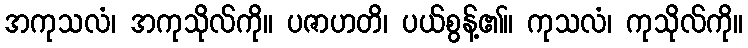
အကုသလံ၊ အကုသိုလ်ကို။ ပဇာဟတိ၊ ပယ်စွန့်၏။ ကုသလံ၊ ကုသိုလ်ကို။